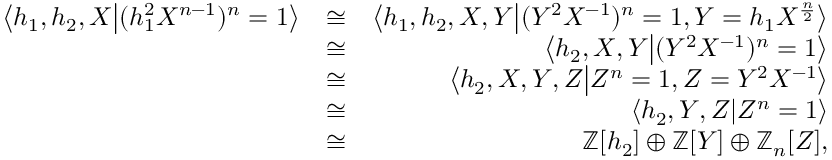
\begin{array} { r l r } { \left< h _ { 1 } , h _ { 2 } , X \middle | ( h _ { 1 } ^ { 2 } X ^ { n - 1 } ) ^ { n } = 1 \right> } & { \cong } & { \left< h _ { 1 } , h _ { 2 } , X , Y \middle | ( Y ^ { 2 } X ^ { - 1 } ) ^ { n } = 1 , Y = h _ { 1 } X ^ { \frac { n } { 2 } } \right> } \\ & { \cong } & { \left< h _ { 2 } , X , Y \middle | ( Y ^ { 2 } X ^ { - 1 } ) ^ { n } = 1 \right> } \\ & { \cong } & { \left< h _ { 2 } , X , Y , Z \middle | Z ^ { n } = 1 , Z = Y ^ { 2 } X ^ { - 1 } \right> } \\ & { \cong } & { \left< h _ { 2 } , Y , Z \middle | Z ^ { n } = 1 \right> } \\ & { \cong } & { \mathbb { Z } [ h _ { 2 } ] \oplus \mathbb { Z } [ Y ] \oplus \mathbb { Z } _ { n } [ Z ] , } \end{array}